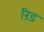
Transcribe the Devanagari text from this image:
रिंड